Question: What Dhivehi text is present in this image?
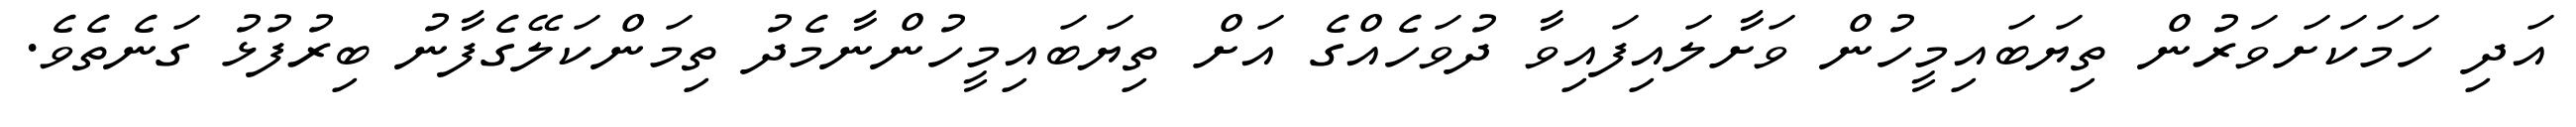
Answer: އަދި ހަމަކަށަވަރުން ތިޔަބައިމީހުން ވަށާލައިފައިވާ ދުވަހެއްގެ އަށް ތިޔަބައިމީހުންނާމެދު ތިމަންކަލޭގެފާނު ބިރުފުޅު ގަނެތެވެ.